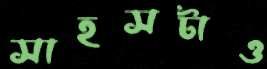
সাহসটাও